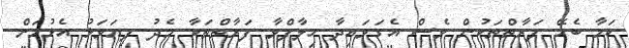
ކަމާ ބެހޭ ފަރާތްތަކުން ވެސް އެގަވައިދާ ހިލާފްވާ ފަރާތްތަކާ މެދު ފިޔަވަޅު އެޅުމަށް